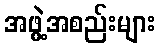
အဖွဲ့အစည်းများ